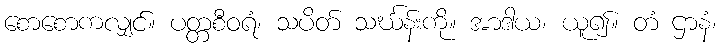
စောစောကလျှင်။ ပတ္တစီဝရံ၊ သပိတ် သင်္ဃန်းကို။ အာဒါယ၊ ယူ၍။ တံ ဌာနံ၊